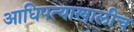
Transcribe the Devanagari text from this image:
आधिपत्याखालीच